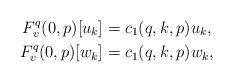
LaTeX: \begin{align*}F^q_v(0,p)[u_k] &= c_1(q,k,p) u_k,\\F^q_v(0,p)[w_k] &= c_1(q,k,p) w_k,\end{align*}